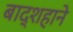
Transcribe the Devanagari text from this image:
बाद्शहाने